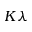
K \lambda